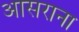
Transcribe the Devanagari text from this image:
आसराना